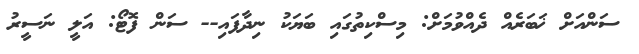
ސަންއަށް ޚަބަރެއް ދެއްވުމަށް: މިސްކިތުގައި ބަޔަކު ނިދާފައި-- ސަން ފޮޓޯ: އަލީ ނަސީރު